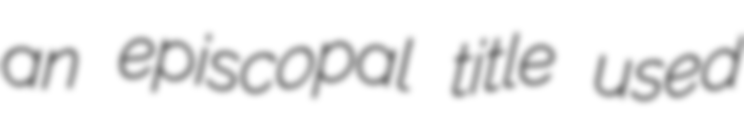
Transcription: an episcopal title used